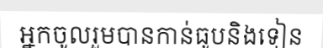
អ្នកចូលរួមបានកាន់ធូបនិងទៀន